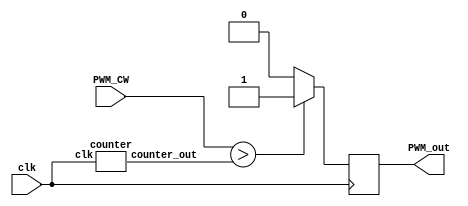
/*===================================
  PWM CONTROLLER FOR AUDIO GENERATION
  ===================================*/
`timescale 1ps / 1ps
module PWM_Controller (
			PWM_CW,               // Ports declared
			PWM_out,					         
			clk
	);
	
	input clk;            		//Port type declared
	input [9:0] PWM_CW;   		// 10 bit PWM input
	
	output reg PWM_out; 			// 1 bit PWM output
	wire [9:0] counter_out;  	// 10 bit counter output

	always @ (posedge clk)
	begin
		if (PWM_CW > counter_out)
			PWM_out <= 1;
		else 
			PWM_out <= 0;
	end
	
	counter counter_inst(
		.clk (clk),
		.counter_out (counter_out)
		);
	
endmodule



/*******************************
      C O U N T E R          
********************************/
module counter (
	clk,										//Counter clock
	counter_out   			 				// 8 bit output from the counter
	);

	input clk;								// clock declared as an input port
	output reg [9:0] counter_out;  	// counter_out declared as an 8 bit output register

	initial
	begin
		counter_out = 0;
	end

	
	always @(posedge clk)
	begin
		counter_out <= #1 counter_out + 1'b1;
	end
		
endmodule